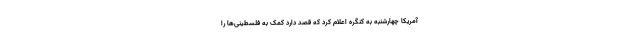
آمریکا چهارشنبه به کنگره اعلام کرد که قصد دارد کمک به فلسطینی‌ها را